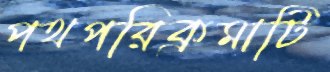
পথপরিক্রমাটি